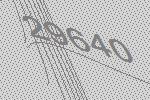
29640